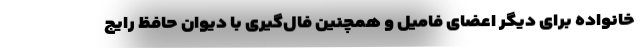
خانواده برای دیگر اعضای فامیل و همچنین فال‌گیری با دیوان حافظ رایج